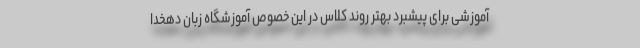
آموزشی برای پیشبرد بهتر روند کلاس در این خصوص آموزشگاه زبان دهخدا